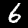
Label: 6